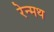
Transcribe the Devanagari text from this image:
रेन्मथ